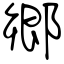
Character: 郷